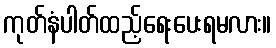
ကုတ်နံပါတ်ထည့်ရေးပေးရမလား။